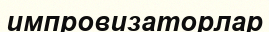
импровизаторлар